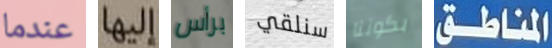
عندما إليها برأس سنلقي بكوننا المناطق